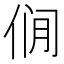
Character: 𰂎